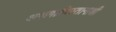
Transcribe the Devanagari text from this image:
अफगाणिस्तानाशी